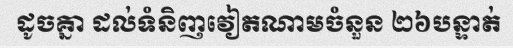
ដូចគ្នា ដល់ទំនិញវៀតណាមចំនួន ២៦បន្ទាត់